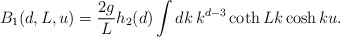
\begin{align*}B_{1}(d,L,u)=\frac{2g}{L}h_2(d)\int dk\,k^{d-3}\coth Lk \cosh ku.\end{align*}